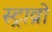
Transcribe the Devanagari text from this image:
स्ट्राव्रो